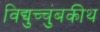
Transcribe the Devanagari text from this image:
विद्युच्चुंबकीथ